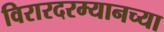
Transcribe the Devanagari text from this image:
विरारदरम्यानच्या